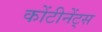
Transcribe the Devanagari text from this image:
कोंटीनेंट्स